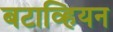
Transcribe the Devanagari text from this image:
बटाव्हियन